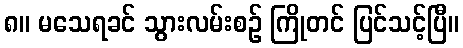
၈။ မသေရခင် သွားလမ်းစဉ် ကြိုတင် ပြင်သင့်ပြီ။